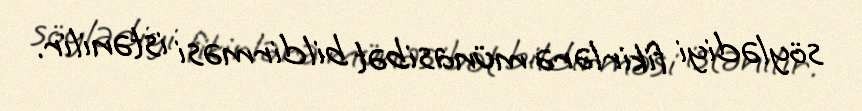
söylədiyi fikirlərə münasibət bildirməsi istənilir.